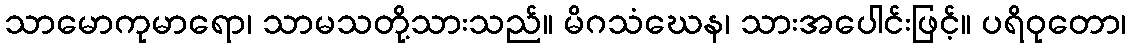
သာမောကုမာရော၊ သာမသတို့သားသည်။ မိဂသံဃေန၊ သားအပေါင်းဖြင့်။ ပရိဝုတော၊